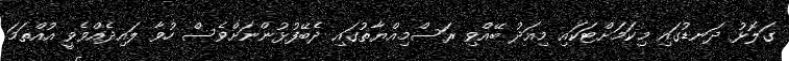
ގަލޮޅު ދަނޑުގައި މިކަމަށްޓަކައި މިއަދު ބޭއްވި ރަސްމިއްޔާތުގައި ދެބޭފުޅުންނަށްވެސް ހުވާ ލައިދެއްވެވީ އުއްތަމަ